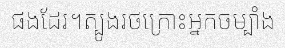
ផងដែរ។ត្បូងរថក្រោះអ្នកចម្បាំង